Vaccination in Bombay 1924-1928 - 1924-1928
Year: 1924
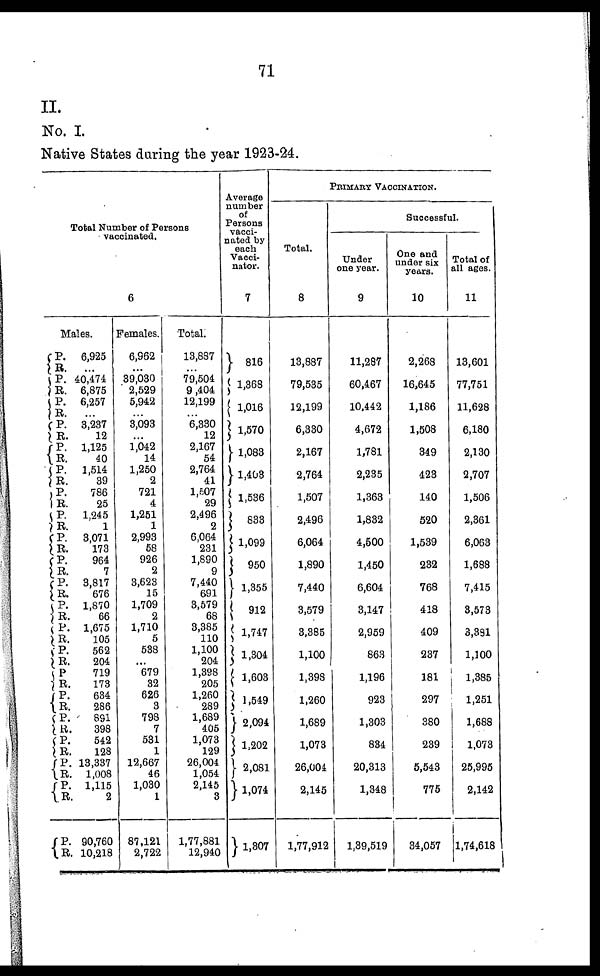
71
II.
No. I.
Native States during the year 1923-24.
Total Number of Persons
vaccinated.
6
Males.
P.
R. P.
R.
P. R.
P.
R.
P.
R.
P.
R.
P.
R.
P.
R. P.
R.
P.
R.
P.
R.
P. R.
P.
R.
P.
R. P.
R.
P. R.
P. R.
P.
R.
P.
R.
P.
R.
P.
R.
6,925
...
40,474
6,875
6,257
...
3,237
12
1,125
40
1,514
39
786
25
1,245
1
3,071
173
964
7
3,817
676
1,870
66
1,675
105
562
204
719
173
634
286
891
398
542
128
13,337
1,008
1,115
2
90,760
10,218
Females.
6,962
...
39,030
2,529
5,942
...
3,093
...
1,042
14
1,250
2
721
4
1,251
1
2,993
58
926
2
3,623
15
1,709
2
1,710
5
538
...
679
32
626
3
798
7
531
1
12,667
46
1,030
1
87,121
2,722
Total.
13,887
... 79,504
9,404
12,199
...
6,330
12
2,167
54
2,764
41
1,507
29
2,496
2
6,064
231
1,890
9
7,440
691
3,579
68
3,385
110
1,100
204
1,398
205
1,260
289
1,689
405
1,073
129
26,004
1,054
2,145
3
1,77,881
12,940
Average
number
of
Persons
vacci-
nated by
each
Vacci-
nator.
7
816
1,368
1,016
1,570
1,083
1,408
1,536
833
1,099
950
1,355
912
1,747
1,304
1,603
1,549
2,094
1,202
2,081
1,074
1,307
PRIMARY VACCINATION.
Total.
8
13,887
79,535
12,199
6,330
2,167
2,764
1,507
2,496
6,064
1,890
7,440
3,579
3,385
1,100
1,398
1,260
1,689
1,073
26,004
2,145
1,77,912
Successful.
Under
one year.
9
11,287
60,467
10,442
4,672
1,781
2,235
1,363
1,832
4,500
1,450
6,604
3,147
2,959
863
1,196
923
1,303
834
20,313
1,348
1,39,519
One and
under six
years.
10
2,268
16,645
1,186
1,508
349
423
140
520
1,539
232
768
418
409
237
181
297
380
239
5,543
775
34,057
Total of
all ages.
11
13,601
77,751
11,628
6,180
2,130
2,707
1,506
2,361
6,063
1,688
7,415
3,573
3,381
1,100
1,385
1,251
1,688
1,073
25,995
2,142
1,74,618